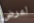
لمرض